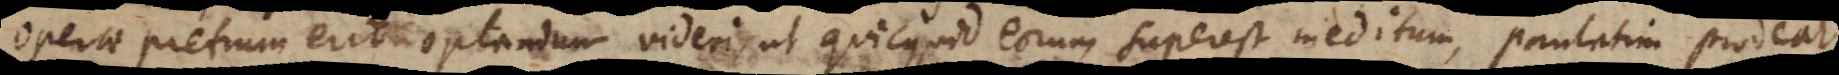
operae pretium erit optandum videri, ut quicquid eorum superest ineditum, publicetur. paulat